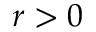
r > 0